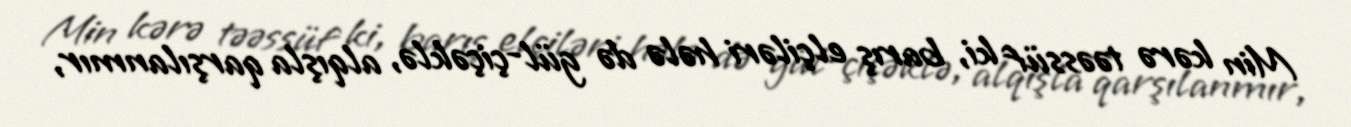
Min kərə təəssüf ki, barış elçiləri hələ də gül-çiçəklə, alqışla qarşılanmır,